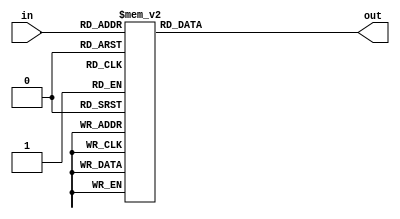
// Alessandra Fais, Orlando Leombruni
// RTT course - FPGA part
// MCSN - A.A. 2017/18

module display_four(
    in,
    out
);

    input [3:0] in;
    output [6:0] out;
	
	reg [6:0] out;

	always @*
	begin
		case (in)
        4'b0000: // 0 
            out = 7'b1000000;
        4'b0001: // 1
            out = 7'b1111001;
        4'b0010: // 2
				out = 7'b0100100;
        4'b0011: // 3
				out = 7'b0110000;
        4'b0100: // 4
				out = 7'b0011001;
        4'b0101: // 5
				out = 7'b0010010;
        4'b0110: // 6
				out = 7'b0000010;
        4'b0111: // 7
            out = 7'b1111000;
        4'b1000: // 8
            out = 7'b0000000;
        4'b1001: // 9
            out = 7'b0010000;
        4'b1010: // 10 = A
            out = 7'b0001000;
        4'b1011: // 11 = b
            out = 7'b0000011;
        4'b1100: // 12 = C
				out = 7'b1000110;
        4'b1101: // 13 = d
				out = 7'b0100001;
        4'b1110: // 14 = E
				out = 7'b0000110;
        4'b1111: // 15 = F
				out = 7'b0001110;
    endcase;
	end

endmodule

module display_eight(
    in,
    first_led,
    second_led
);

    input [7:0]     in;
    output [6:0]    first_led;
    output [6:0]    second_led;

    wire [3:0] first_portion;
	assign first_portion = in[3:0];
	 
	wire [3:0] second_portion;
	assign second_portion = in[7:4];
	 
    display_four disp1(first_portion, first_led);
    display_four disp2(second_portion, second_led);
    
endmodule